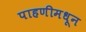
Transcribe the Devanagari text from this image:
पाहणीमधून